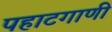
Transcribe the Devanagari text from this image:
पहाटगाणी